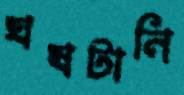
ঘষটানি